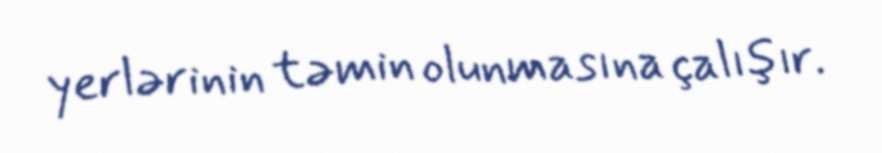
yerlərinin təmin olunmasına çalışır.